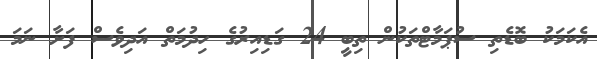
އެކަމަކު ބޮޑެތި ސުޕަމާޓްތަކުން ތިބީ 24 ގަޑިއިރުގެ ހިދުމަތް އަދިވެސް ފަށާ ނަމަ